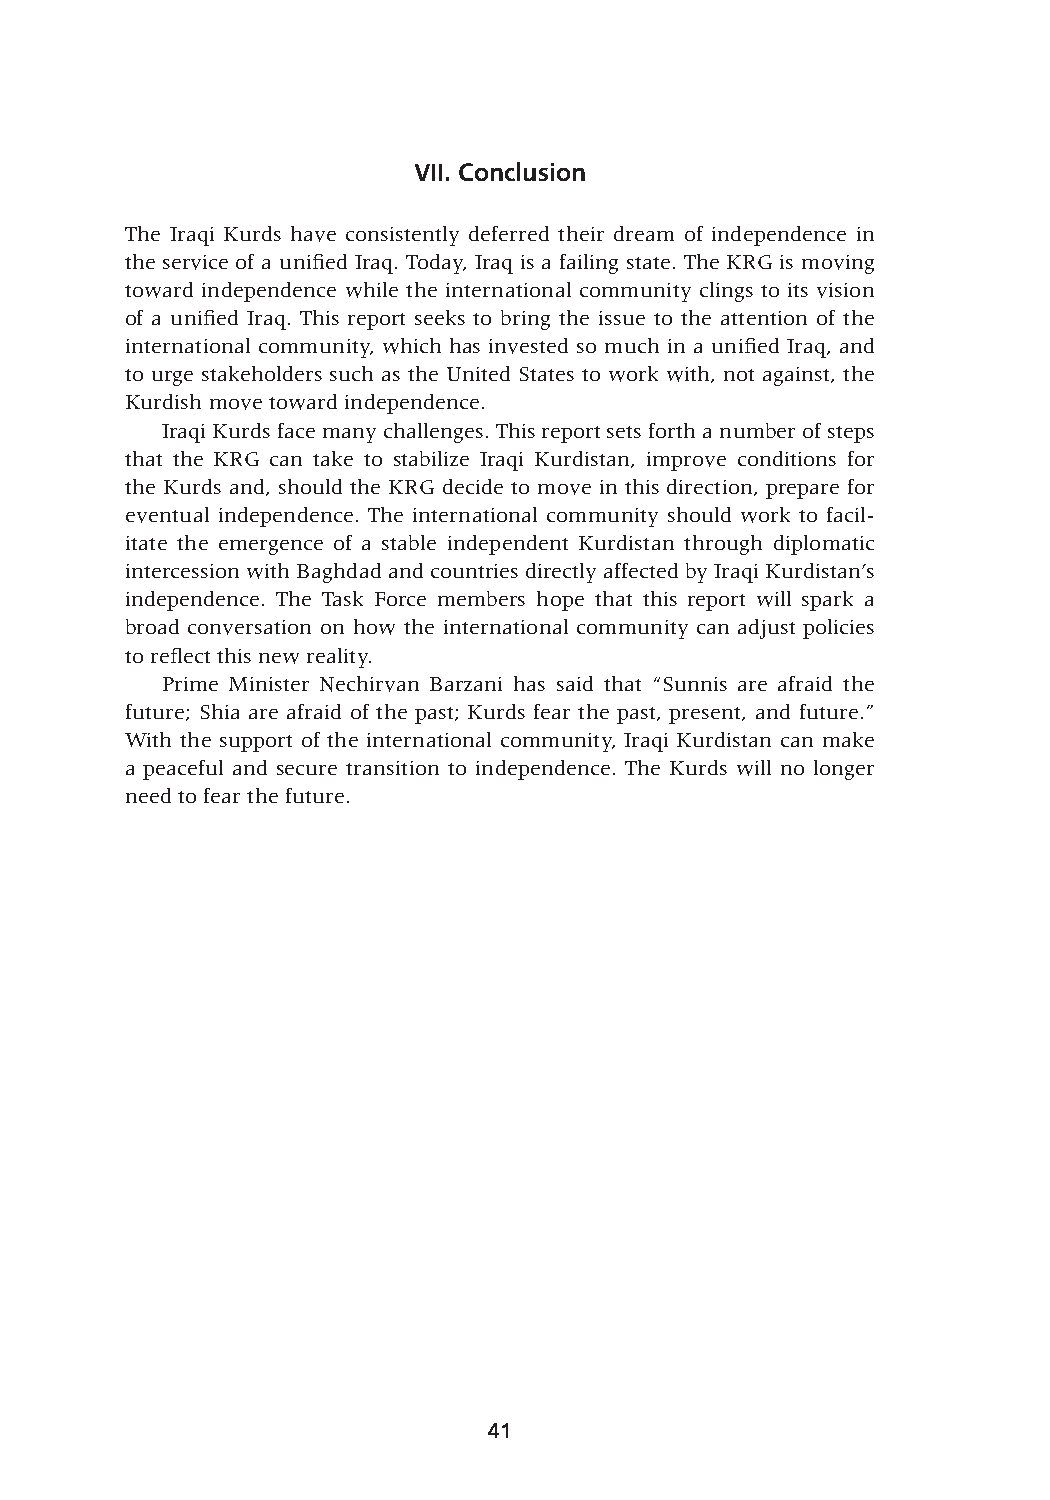
VII. Conclusion
 The Iraqi Kurds have consistently deferred their dream of independence in
 the service of a unified Iraq. Today, Iraq is a failing state. The KRG is moving
 toward independence while the international community clings to its vision
 of a unified Iraq. This report seeks to bring the issue to the attention of the
 international community, which has invested so much in a unified Iraq, and
 to urge stakeholders such as the United States to work with, not against, the
 Kurdish move toward independence.
 Iraqi Kurds face many challenges. This report sets forth a number of steps
 that the KRG can take to stabilize Iraqi Kurdistan, improve conditions for
 the Kurds and, should the KRG decide to move in this direction, prepare for
 eventual independence. The international community should work to facil-
 itate the emergence of a stable independent Kurdistan through diplomatic
 intercession with Baghdad and countries directly affected by Iraqi Kurdistan’s
 independence. The Task Force members hope that this report will spark a
 broad conversation on how the international community can adjust policies
 to reflect this new reality.
 Prime Minister Nechirvan Barzani has said that “Sunnis are afraid the
 future; Shia are afraid of the past; Kurds fear the past, present, and future.”
 With the support of the international community, Iraqi Kurdistan can make
 a peaceful and secure transition to independence. The Kurds will no longer
 need to fear the future.
 41